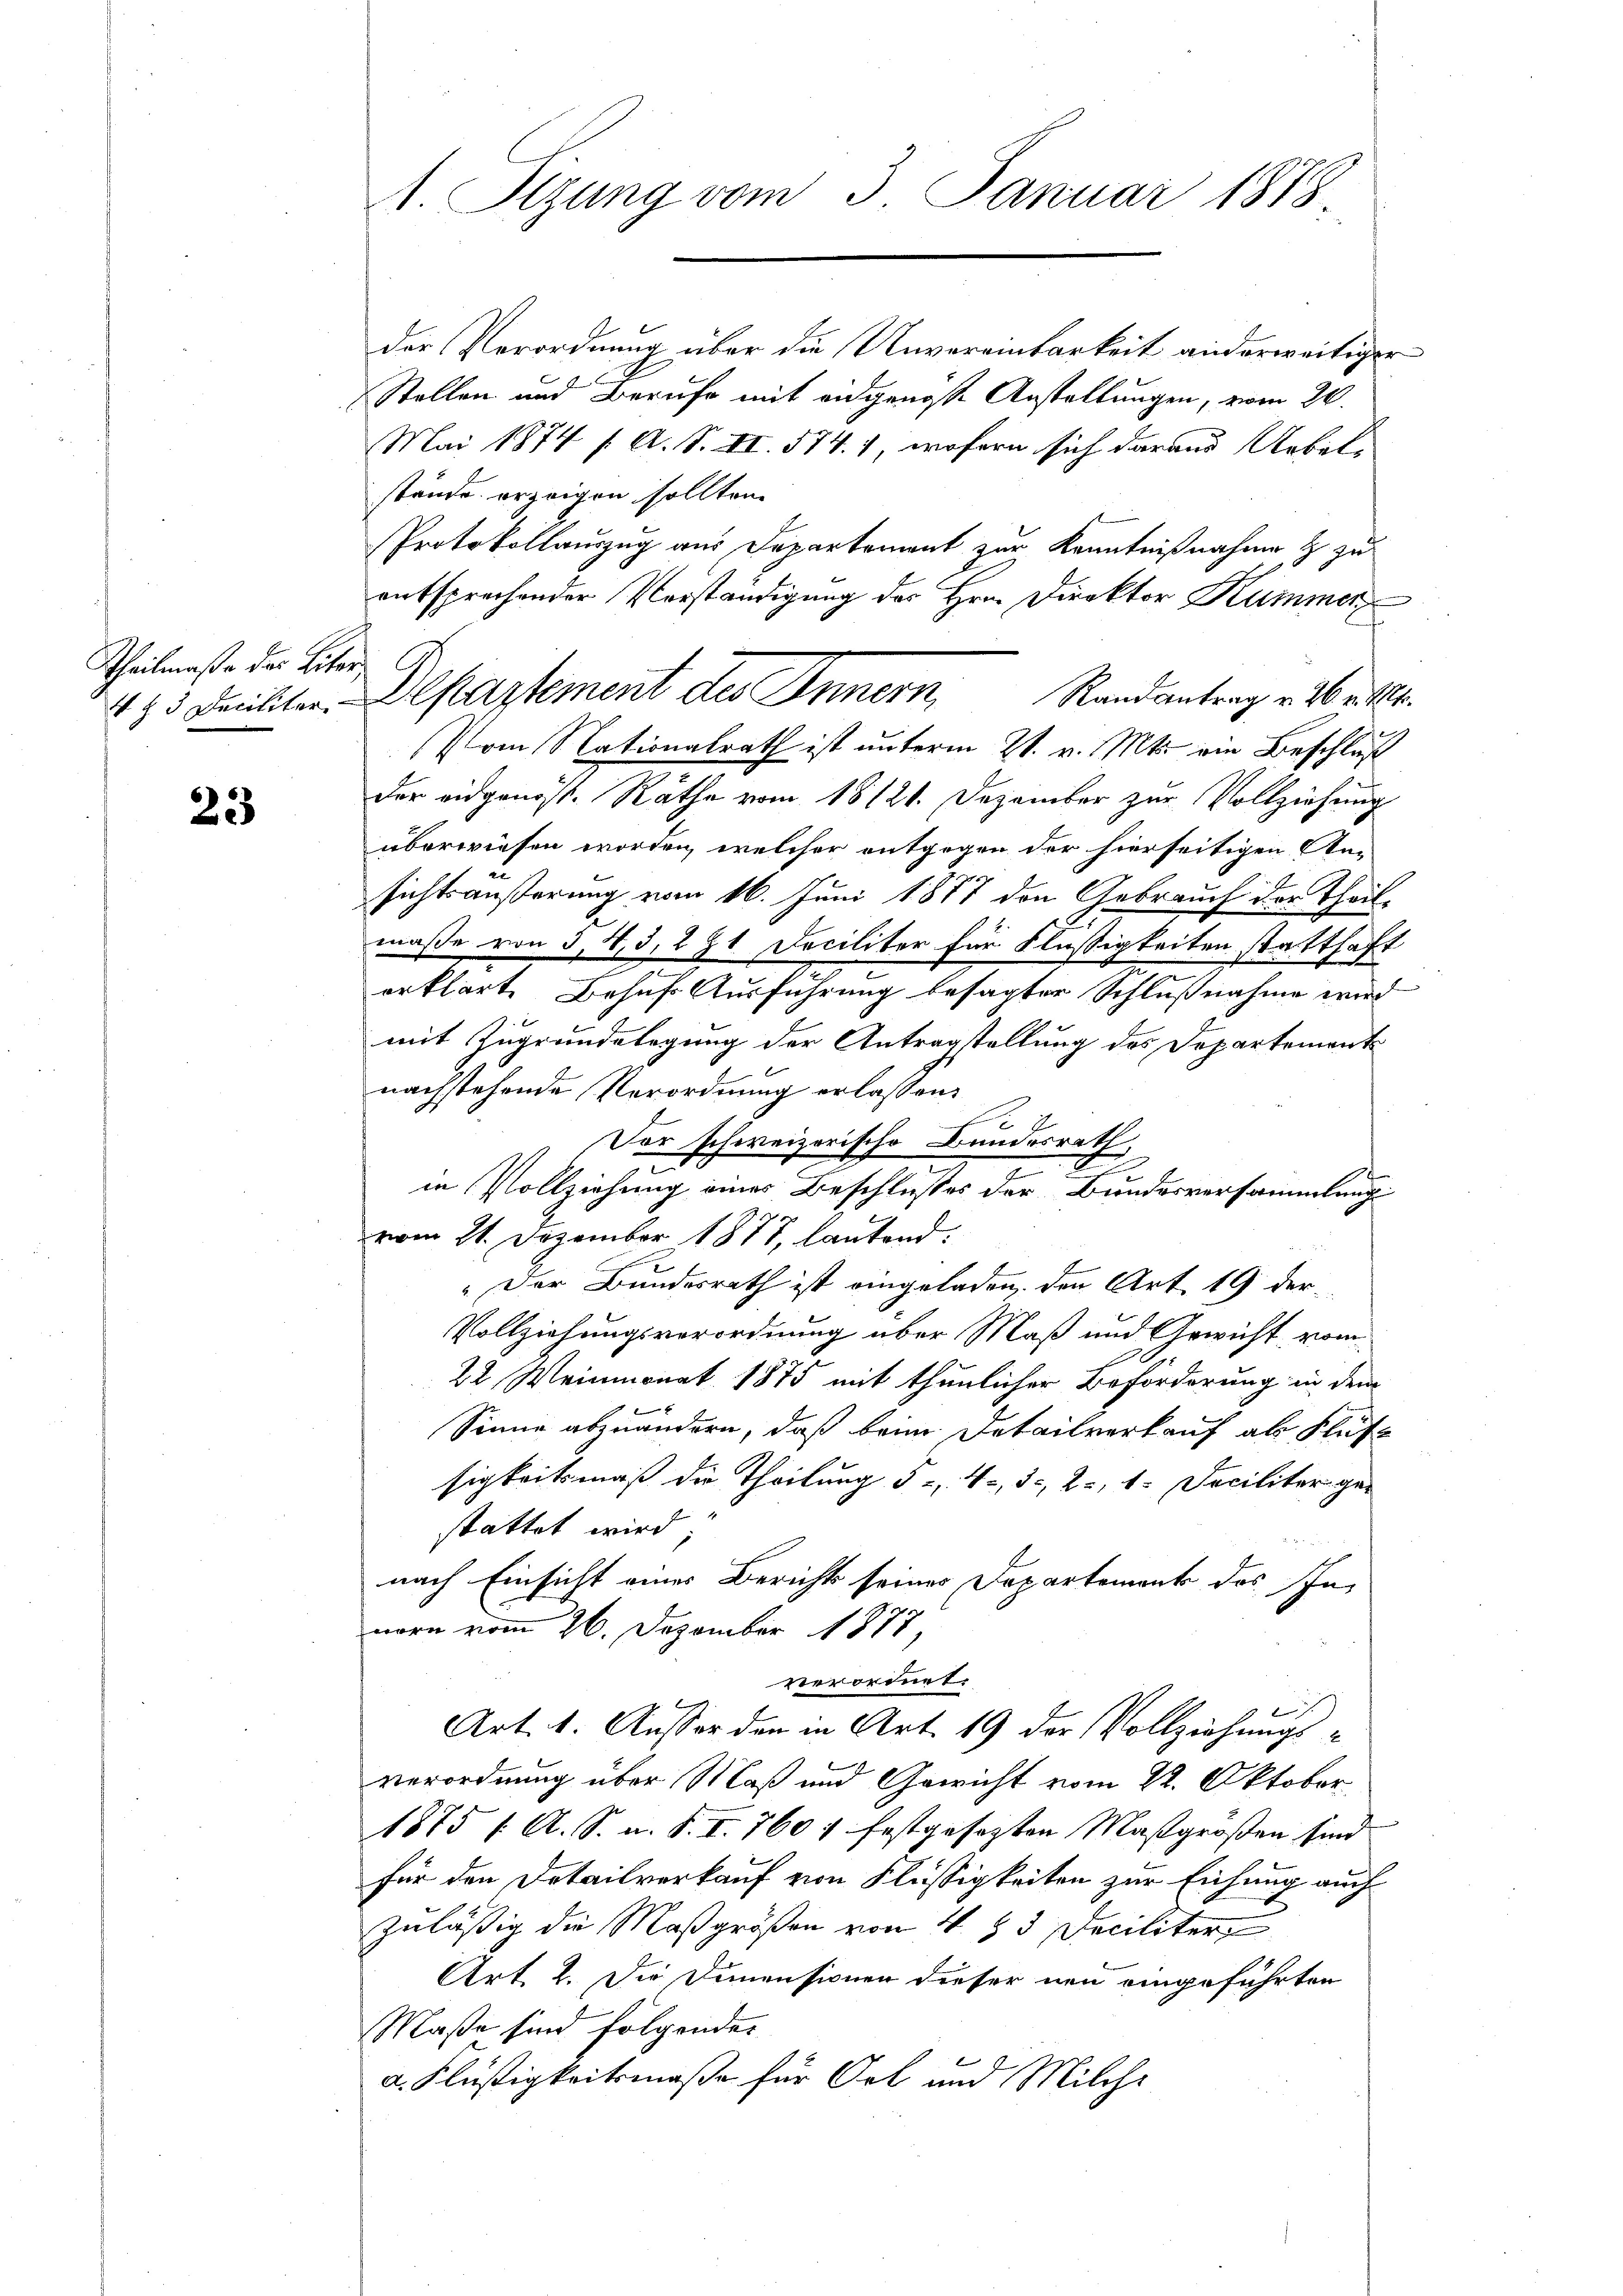
Theilmaße das Lite

23

1. Sizung vom 3. Januar 1888.

425 Dritter, Alkartement des Innern, Randantrag v. Wortet.

der Verordnung über die Unvereinbarkeit anderweitiger
Stellen und Berufe mit eidgenösse Anstaltungen, vom 20.
Mai 1874 / A. S. II. 574), wofern sich darund Uebel-
stände erzeigen sollten.
Protokollauszug aus Departement zur Kenntnißnahme & zu
entsprechender Vorständigung des Hrn. Direktor Kummer
Pom Nationalrath ist unterm 21. v. Mts. ein Beschluß
der eidgenöss. Räthe vom 18121. Dezember zur Vollziehung
überwiesen worden, welcher entgegen der hierseitigen An-
sichtsäußerung vom 16. Juni 1877 den Gebrauch der Theilmaße von 5,43, 291 Deciliter für Flüssigkeiten statthaft
erklärt. Behufs Ausführung besagter Schlußnahme wird
mit Zugrundelegung der Antragstellung des Departement
nachstehende Verordnung erlassen.
Der schweizerische Bundesrath,
.
in Vollziehung eines Beschlußes der Bundesversammlung
vom 21. Dezember 1877, lautend.
" Der Bundesrath ist eingeladen, den Art. 19 der¬
Vollziehungsverordnung über Maß und Gewicht vom
22 Weinmonat 1875 mit thunlicher Beförderung in dem
e
Sinne abzuändern, daß beim Detailverkauf als Flut
sigkeitsmäß der Theilung 5 u. 4, 5, 2., 1. Deciliter ge-
stattet wird;
nach Einsicht eines Berichts seiner Departement des Innorn vom 26. Dezember 1877,
verordnet.
2
Art. 1. Ausser den in Art. 19 der Vollziehungsverordnung über Maß und Gewicht vom 22. Oktober
1875 /: A. S. a. S. I. 760 1 festgesezten Maßgroßen sind
für den Detailverkauf von Flüssigkeiten zur Eichung auch
zuläßig die Maßgrößen von 4 & 3 Deciliter
Art. 2. Die Dimensionen dieser neu eingeführten
Maße sind folgender
a. Flüßigkeitsmaße für Ort und Milch-